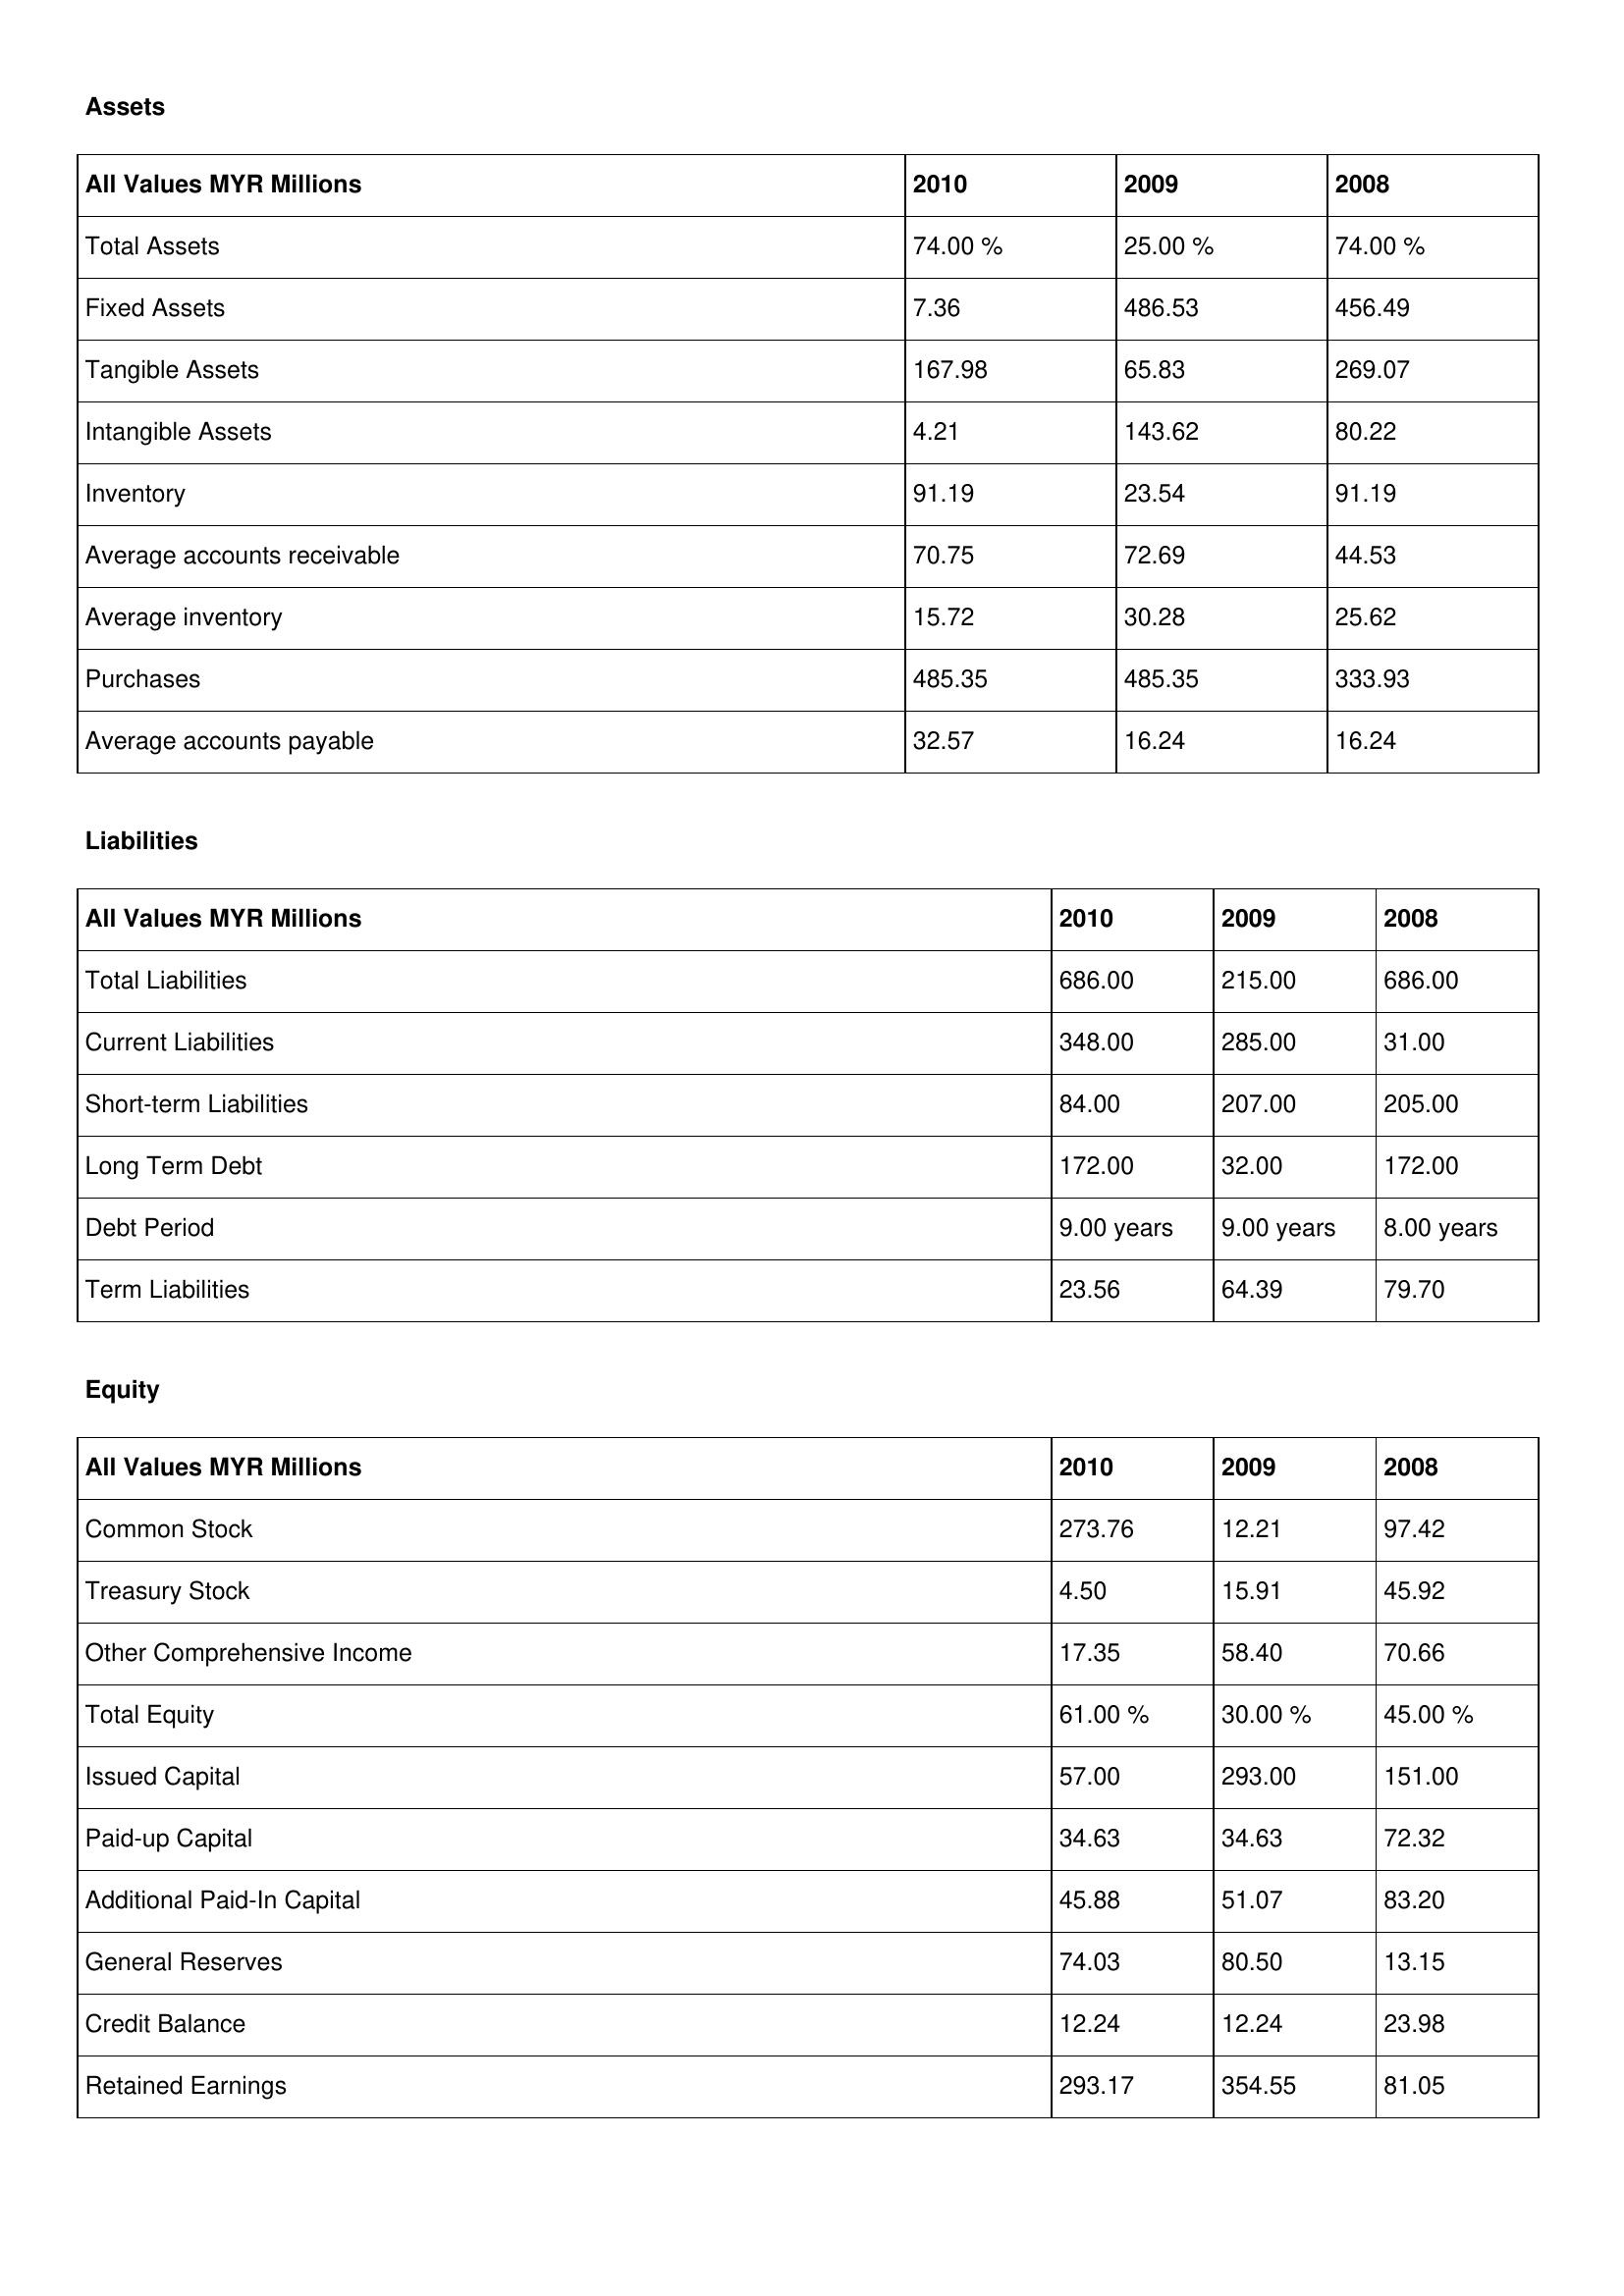
gt_parse: 2010: Assets: Total Assets: 74.00 %
Fixed Assets: 7.36
Tangible Assets: 167.98
Intangible Assets: 4.21
Inventory: 91.19
Average accounts receivable: 70.75
Average inventory: 15.72
Purchases: 485.35
Average accounts payable: 32.57
Liabilities: Total Liabilities: 686.00
Current Liabilities: 348.00
Short-term Liabilities: 84.00
Long Term Debt: 172.00
Debt Period: 9.00 years
Term Liabilities: 23.56
Equity: Common Stock: 273.76
Treasury Stock: 4.50
Other Comprehensive Income: 17.35
Total Equity: 61.00 %
Issued Capital: 57.00
Paid-up Capital: 34.63
Additional Paid-In Capital: 45.88
General Reserves: 74.03
Credit Balance: 12.24
Retained Earnings: 293.17
2009: Assets: Total Assets: 25.00 %
Fixed Assets: 486.53
Tangible Assets: 65.83
Intangible Assets: 143.62
Inventory: 23.54
Average accounts receivable: 72.69
Average inventory: 30.28
Purchases: 485.35
Average accounts payable: 16.24
Liabilities: Total Liabilities: 215.00
Current Liabilities: 285.00
Short-term Liabilities: 207.00
Long Term Debt: 32.00
Debt Period: 9.00 years
Term Liabilities: 64.39
Equity: Common Stock: 12.21
Treasury Stock: 15.91
Other Comprehensive Income: 58.40
Total Equity: 30.00 %
Issued Capital: 293.00
Paid-up Capital: 34.63
Additional Paid-In Capital: 51.07
General Reserves: 80.50
Credit Balance: 12.24
Retained Earnings: 354.55
2008: Assets: Total Assets: 74.00 %
Fixed Assets: 456.49
Tangible Assets: 269.07
Intangible Assets: 80.22
Inventory: 91.19
Average accounts receivable: 44.53
Average inventory: 25.62
Purchases: 333.93
Average accounts payable: 16.24
Liabilities: Total Liabilities: 686.00
Current Liabilities: 31.00
Short-term Liabilities: 205.00
Long Term Debt: 172.00
Debt Period: 8.00 years
Term Liabilities: 79.70
Equity: Common Stock: 97.42
Treasury Stock: 45.92
Other Comprehensive Income: 70.66
Total Equity: 45.00 %
Issued Capital: 151.00
Paid-up Capital: 72.32
Additional Paid-In Capital: 83.20
General Reserves: 13.15
Credit Balance: 23.98
Retained Earnings: 81.05